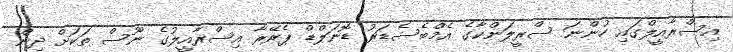
އިސްރާއީލްގައި ހުންނަ ސްރީލަންކާގެ އެމްބެސެޑަރު ޑޮނަލްޑް ޕެރޭރާ އިސްރާއީލުގެ ނޫސް ތަކަށް ދިން